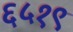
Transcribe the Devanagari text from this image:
६५१९